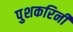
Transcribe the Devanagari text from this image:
पुशकरिनी